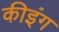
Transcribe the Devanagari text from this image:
कीइंग